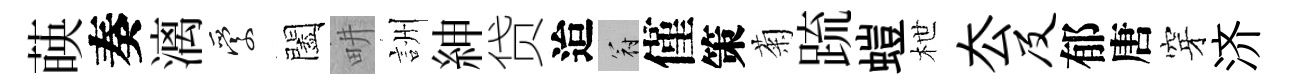
𦴤奏漓愛闔畊詶紳贷迨冠僅策菊䟽螘枻厺及郁唐穿济